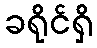
ခရိုင်ရှိ